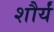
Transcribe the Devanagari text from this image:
शौर्यं